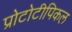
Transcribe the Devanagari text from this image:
प्रोटोटीपिकल